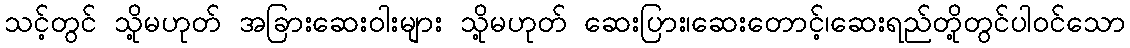
သင့်တွင် သို့မဟုတ် အခြားဆေးဝါးများ သို့မဟုတ် ဆေးပြား၊ဆေးတောင့်၊ဆေးရည်တို့တွင်ပါဝင်သော